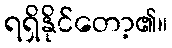
ရရှိနိုင်တော့၏။